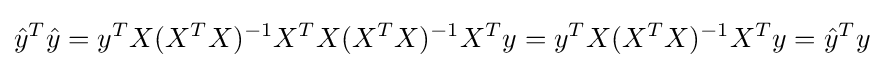
{\hat {y}}^{T}{\hat {y}}=y^{T}X(X^{T}X)^{-1}X^{T}X(X^{T}X)^{-1}X^{T}y=y^{T}X(X^{T}X)^{-1}X^{T}y={\hat {y}}^{T}y